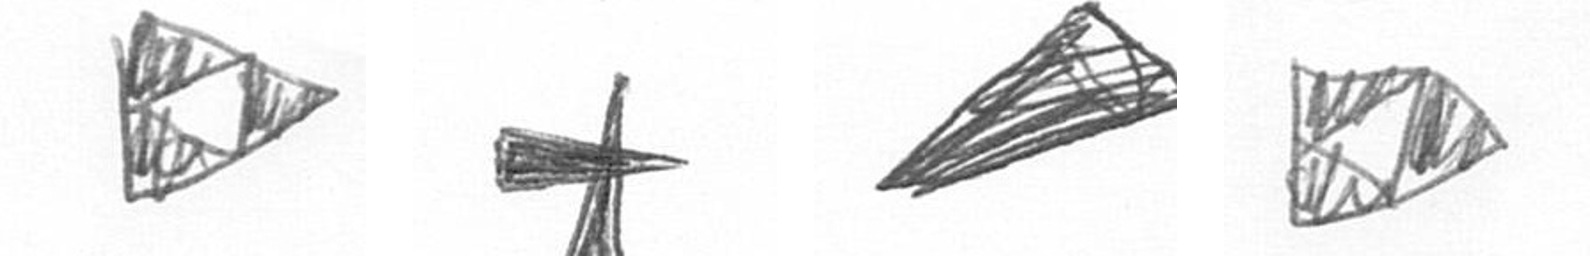
K G O K